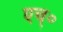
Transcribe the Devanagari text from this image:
एच्‌०